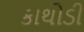
કાથોડી